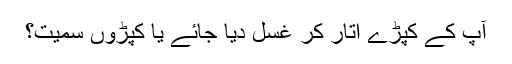
آپ کے کپڑے اتار کر غسل دیا جائے یا کپڑوں سمیت؟